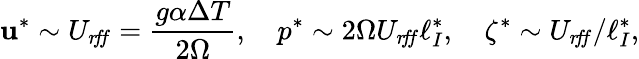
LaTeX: \mathbf{u}^{*}\sim U_{r\! f\! f}=\frac{g\alpha\Delta T}{2\Omega},\quad p^{*}\sim 2\Omega U_{r\! f\! f}\ell_{I}^{*},\quad\zeta^{*}\sim U_{r\! f\! f}/\ell_{I}^{*},